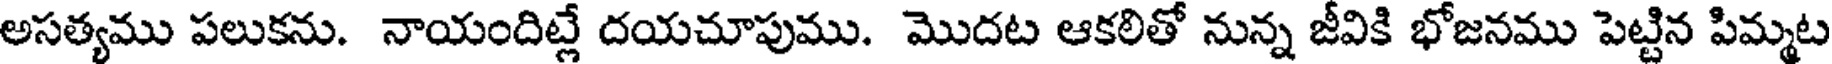
అసత్యము పలుకను. నాయందిట్లే దయచూపుము. మొదట ఆకలితో నున్న జీవికి భోజనము పెట్టిన పిమ్మట